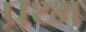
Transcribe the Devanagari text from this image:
प्रथ्म